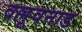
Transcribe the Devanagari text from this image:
वल्लूवनाड